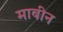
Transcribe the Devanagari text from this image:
माबीन